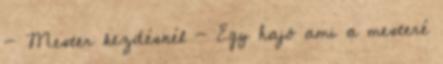
- Mester kezdésnél - Egy hajó ami a mesteré